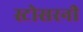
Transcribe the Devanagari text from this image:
स्टोसरनी